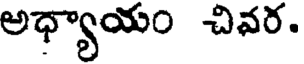
అధ్యాయం చివర.